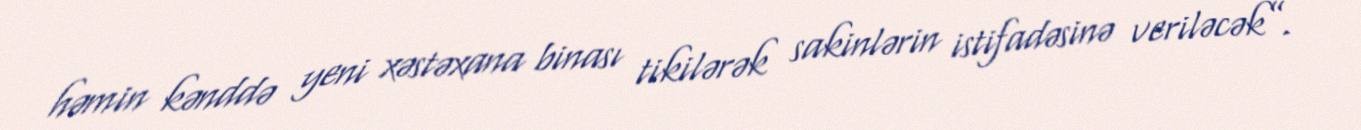
həmin kənddə yeni xəstəxana binası tikilərək sakinlərin istifadəsinə veriləcək”.